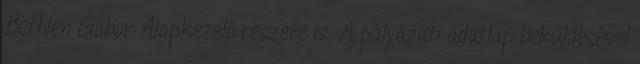
Bethlen Gábor Alapkezelő részére is. A pályázati adatlap beküldésével